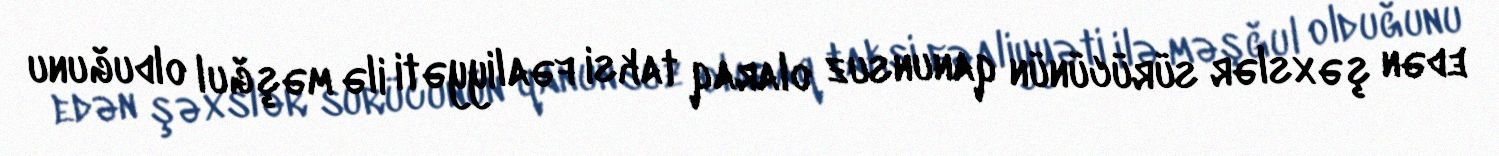
edən şəxslər sürücünün qanunsuz olaraq taksi fəaliyyəti ilə məşğul olduğunu